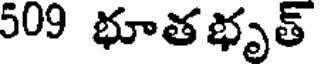
509 భూతభృత్